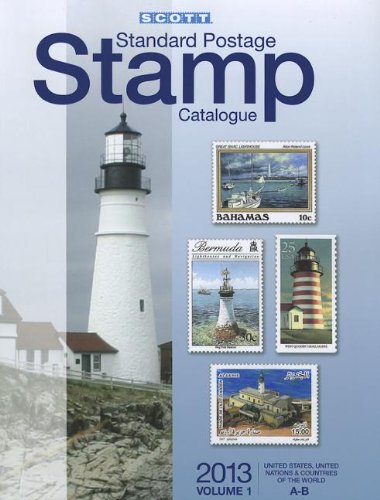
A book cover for Scott 2013 Standard Postage Stamp Catalogue Volume 1 US and Countries of the World A-B: United States and Affiliated Territories, United Nations ... Vol.1: U.S., Countries of the World A-B); Crafts, Hobbies & Home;